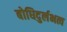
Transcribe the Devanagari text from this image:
बोधिदुर्लभत्व